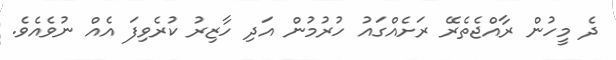
ދެ މީހުން ރާއްޖެތެރޭ ރަށެއްގައު ހުރުމުން އަދި ހާޒިރު ކުރެވިފަ އެއް ނުވެއެވެ.